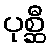
ပုစ္ဆီ